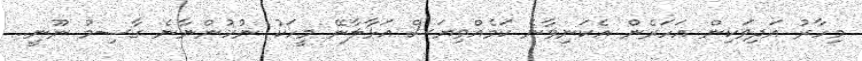
މިހާރު އަދިވަކިން އަހަރެން އެކަނިވާނެ ކަމެއްވިޔަސް އަޅާލާނޭ މީހަކު ނުހުންނާނެ ގާސިމު ނޫނީ..